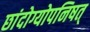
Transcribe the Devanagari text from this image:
छांदोग्योपनिषत्